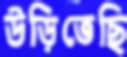
উড়িতেছি